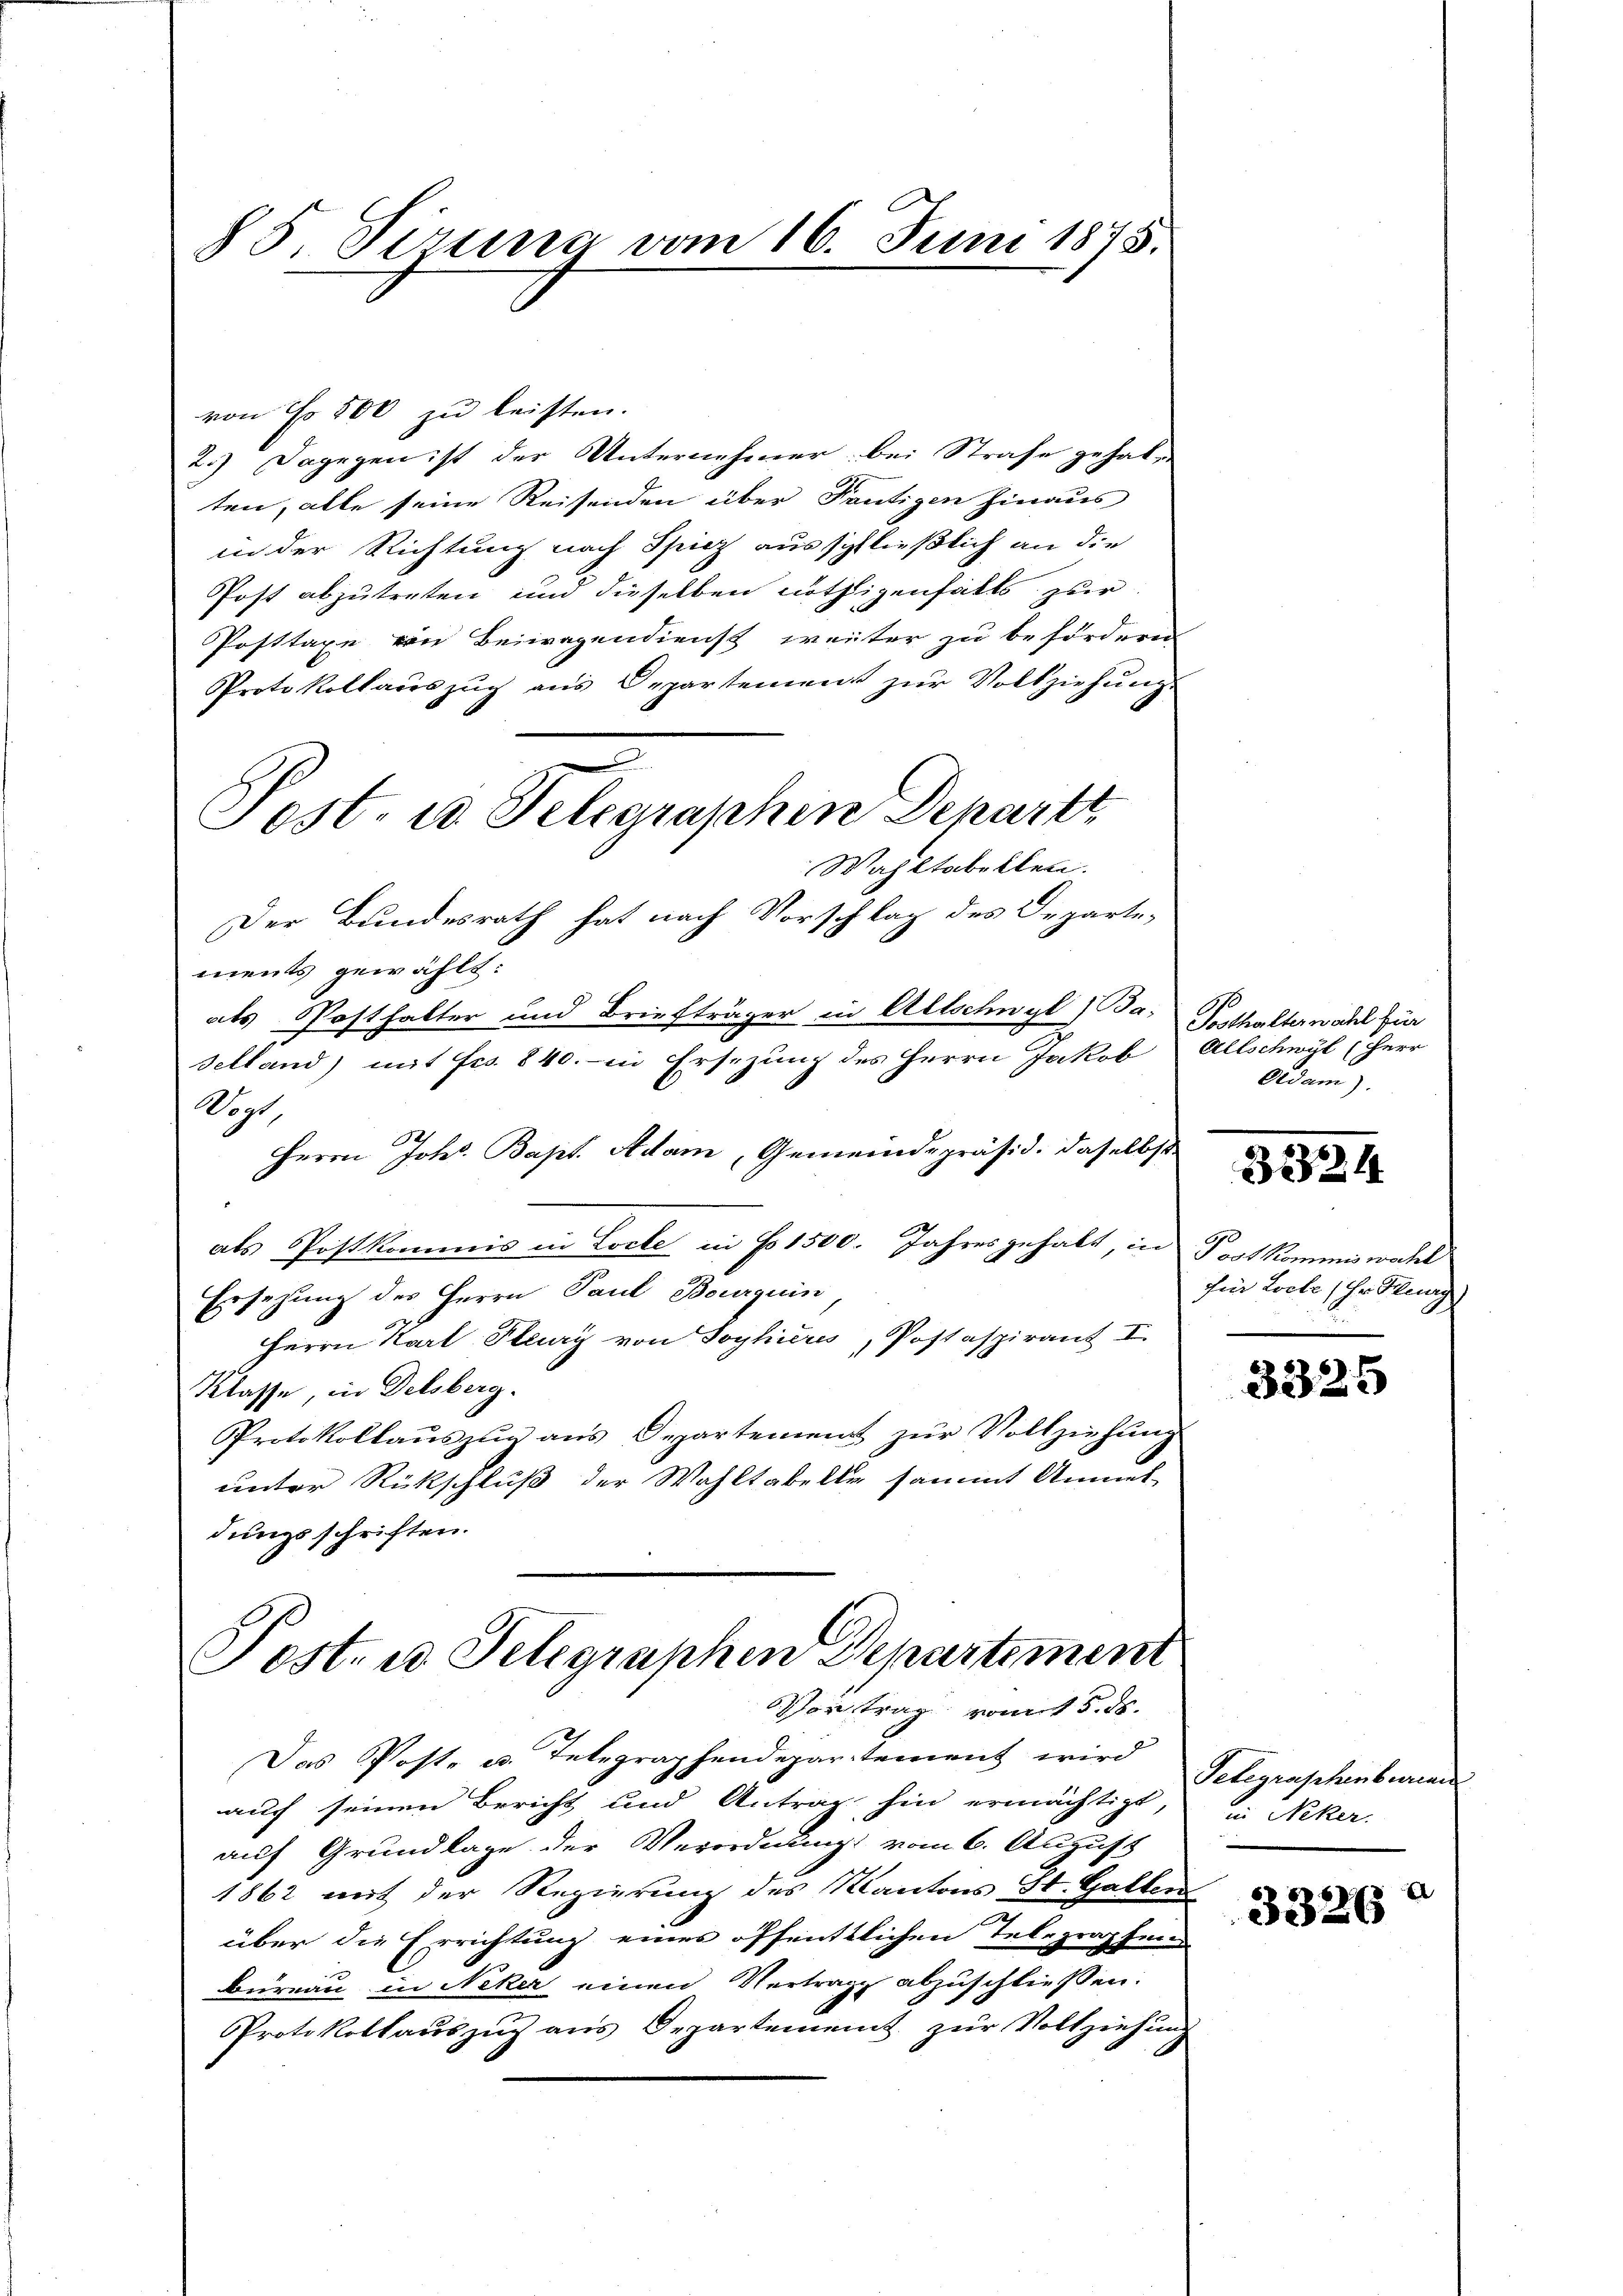
85 Sirung vom 16. Juni 1875.

von Fr. 500 zu leisten.
2.) Dagegen ist der Unternehmer bei Strafe gehabten, alle seine Reisenden über Teutigen hinaus
in der Richtung nach Spiez ausschließlich an die
Post abzutreten und dieselben nöthigenfalls zur
Posttaxe von Beiwagendienst weiter zu befördern
Protokollaŭszŭg aŭs Departement zŭr Vollziehŭng
Wahltabellen.
Der Bundesrath hat nach Vorschlag des Departements gewählt:
als Posthalter und Briefträger in Allschwyl, Ba-
Selland) mit Frs. 840.- in Ersezung des Herrn Jakob
Kogt
Herrn Johs. Bapt. Adam Gemeindepräsid. Daselbst.
als Postkommis in Loche in No 1500. Jahres gehalt, in
Ersezung des Herrn Paul Bourguin
Herrn Karl Steury von Soyhières, Postaspirant I
Klasse in Delsberg.
Protokollauszug aus Departement zur Vollziehung
unter Rückschluß der Wahltabelle sammt Anmel-
dungsschriften.

Sost- u. Telegraphen Departt,

Posten Telegraphen Departement
Vortrag vom 5. ds.

Tosthalterwahl für
Allschwyl (Herr
Eidam).

Das Poste u. Telegraphendepartement wird
auch seinen Bericht und Antrag hin ermächtigt
auf Grundlage der Verordnung vom 6. August
1862 mit der Regierung des Kantons St. Gallen
über die Errichtung eines öffentlichen Telegraphend
Büreau in Neker einen Vertrag abzuschließen.
Protokollaŭszŭg ans Departement zŭr Vollziehŭng

32824

Post kommnis wacht
Im Locke (Hr. Kurg

3325

Telegraphenburea
in Neker.

)
3326